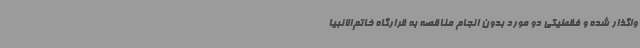
واگذار شده و فقطیکی دو مورد بدون انجام مناقصه به قرارگاه خاتم‌الانبیا